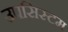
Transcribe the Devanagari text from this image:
उपसिस्टम